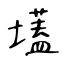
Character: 壒